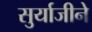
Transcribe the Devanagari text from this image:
सुर्याजीने